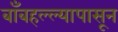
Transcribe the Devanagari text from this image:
बाँबहल्ल्यापासून